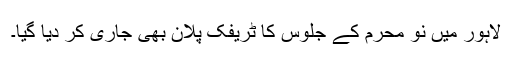
لاہور میں نو محرم کے جلوس کا ٹریفک پلان بھی جاری کر دیا گیا۔